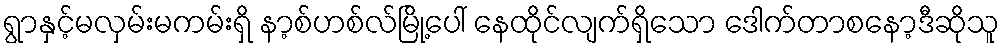
ရွာနှင့်မလှမ်းမကမ်းရှိ နာ့စ်ဟစ်လ်မြို့ပေါ် နေထိုင်လျက်ရှိသော ဒေါက်တာစနော့ဒီဆိုသူ